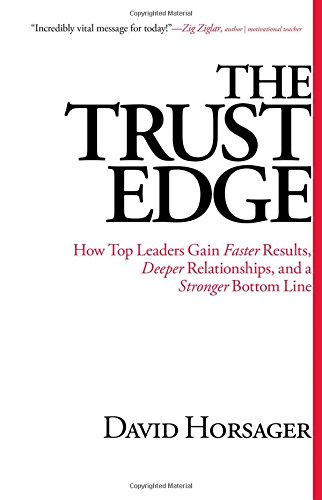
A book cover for The Trust Edge: How Top Leaders Gain Faster Results, Deeper Relationships, and a Stronger Bottom Line; David Horsager; Business & Money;